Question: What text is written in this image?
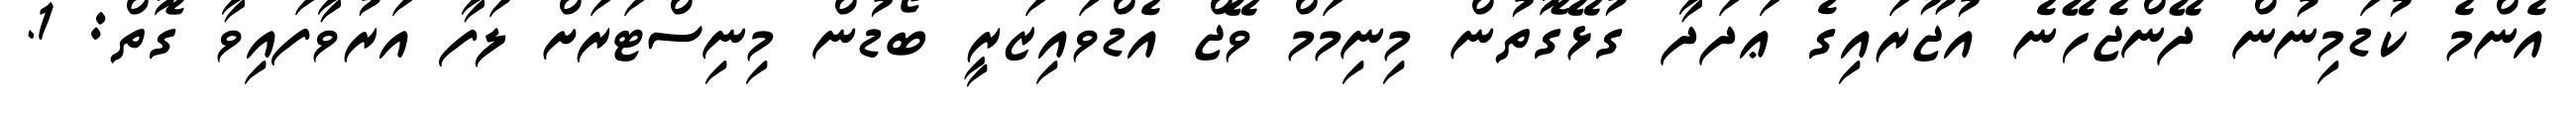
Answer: އެންމެ ކުޑަމިނުން ދޭންޖެހޭނެ އުޖޫރައިގެ ޢަދަދާ ގުޅޭގޮތުން މިނިމަމް ވޭޖް އެޑްވައިޒަރީ ބޯޑުން މިނިސްޓަރަށް ލަފާ އަރުވާފައިވާ ގޮތް: 1.